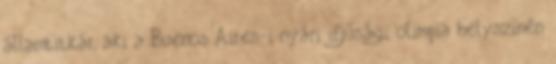
államtitkár, aki a Buenos Aires-i nyári ifjúsági olimpia helyszínén